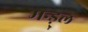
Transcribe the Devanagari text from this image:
मन्ड़्ल